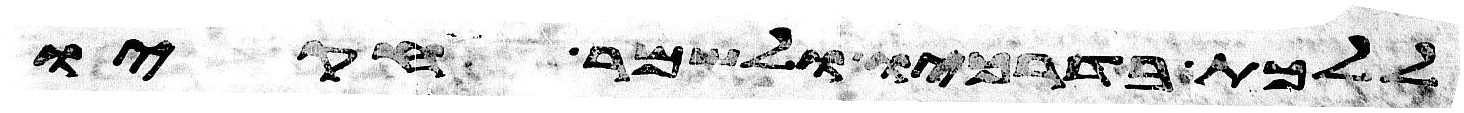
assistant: וללכת בדרכיו ולשמר חקיו